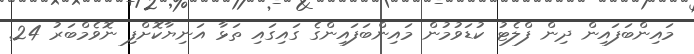
މައިންބަފައިން ދިން ފްލެޓު ކުޑަވުމުން މައިންބަފައިންގެ ގައިގައި ތަޅާ އަނިޔާކޮށްފި ނޮވެމްބަރު 24